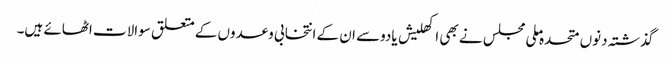
گذشتہ دنوں متحدہ ملی مجلس نے بھی اکھلیش یادوسے ان کے انتخابی وعدوں کے متعلق سوالات اٹھائے ہیں۔